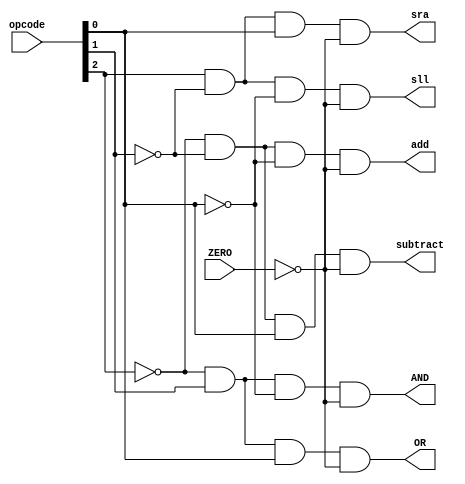
module opdecode(add, subtract, AND, OR, sll, sra, opcode, ZERO);

	input [4:0] opcode;
	input ZERO;
	
	wire n2, n1, n0, nZ;
	
	output add, subtract, AND, OR, sll, sra;
	
	not not0(n0, opcode[0]);
	not not1(n1, opcode[1]);
	not not2(n2, opcode[2]);
	not notZ(nZ, ZERO);
	
	// logic for op decode
	and add_on(add, n2, n1, n0, nZ);
	and subtract_on(subtract, n2, n1, opcode[0], nZ);
	and AND_on(AND, n2, opcode[1], n0, nZ);
	and OR_on(OR, n2, opcode[1], opcode[0], nZ);
	and sll_on(sll, opcode[2], n1, n0, nZ);
	and sra_on(sra, opcode[2], n1, opcode[0], nZ);

endmodule